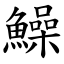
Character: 鱢